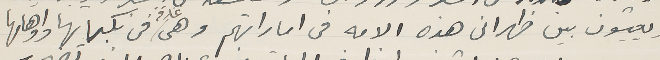
ويعيشون بين ظهرانى هذه الامه فى اماراتهم وهى غارقه فى نكباتها واوهامها